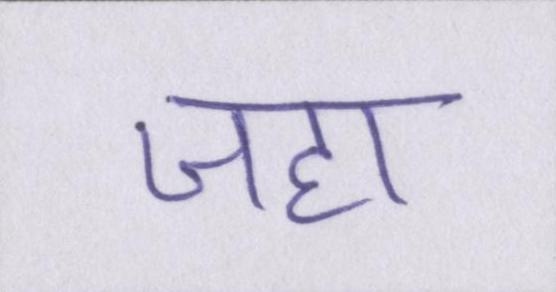
जहा